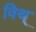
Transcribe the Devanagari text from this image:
विथ्